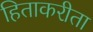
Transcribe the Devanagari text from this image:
हिताकरीता